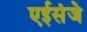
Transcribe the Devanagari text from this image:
एईसंजे